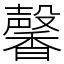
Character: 馨